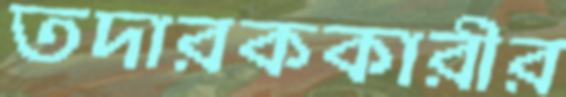
তদারককারীর